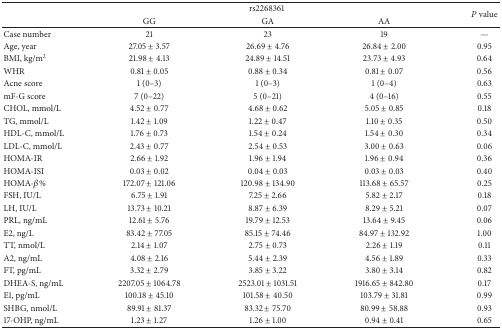
<table><thead><tr><td><b> </b></td><td colspan="3"><b>rs2268361</b></td><td rowspan="2"><b><i>P</i> value</b></td></tr><tr><td><b> </b></td><td><b>GG</b></td><td><b>GA</b></td><td><b>AA</b></td></tr></thead><tbody><tr><td>Case number</td><td>21</td><td>23</td><td>19</td><td>—</td></tr><tr><td>Age, year</td><td>27.05 ± 3.57</td><td>26.69 ± 4.76</td><td>26.84 ± 2.00</td><td>0.95</td></tr><tr><td>BMI, kg/m<sup>2</sup></td><td>21.98 ± 4.13</td><td>24.89 ± 14.51</td><td>23.73 ± 4.93</td><td>0.64</td></tr><tr><td>WHR</td><td>0.81 ± 0.05</td><td>0.88 ± 0.34</td><td>0.81 ± 0.07</td><td>0.56</td></tr><tr><td>Acne score</td><td>1 (0–3)</td><td>1 (0–3)</td><td>1 (0–4)</td><td>0.63</td></tr><tr><td>mF-G score</td><td>7 (0–22)</td><td>5 (0–21)</td><td>4 (0–16)</td><td>0.55</td></tr><tr><td>CHOL, mmol/L</td><td>4.52 ± 0.77</td><td>4.68 ± 0.62</td><td>5.05 ± 0.85</td><td>0.18</td></tr><tr><td>TG, mmol/L</td><td>1.42 ± 1.09</td><td>1.22 ± 0.47</td><td>1.10 ± 0.35</td><td>0.50</td></tr><tr><td>HDL-C, mmol/L</td><td>1.76 ± 0.73</td><td>1.54 ± 0.24</td><td>1.54 ± 0.30</td><td>0.34</td></tr><tr><td>LDL-C, mmol/L</td><td>2.43 ± 0.77</td><td>2.54 ± 0.53</td><td>3.00 ± 0.63</td><td>0.06</td></tr><tr><td>HOMA-IR</td><td>2.66 ± 1.92</td><td>1.96 ± 1.94</td><td>1.96 ± 0.94</td><td>0.36</td></tr><tr><td>HOMA-ISI</td><td>0.03 ± 0.02</td><td>0.04 ± 0.03</td><td>0.03 ± 0.03</td><td>0.40</td></tr><tr><td>HOMA-<i>β</i>%</td><td>172.07 ± 121.06</td><td>120.98 ± 134.90</td><td>113.68 ± 65.57</td><td>0.25</td></tr><tr><td>FSH, IU/L</td><td>6.75 ± 1.91</td><td>7.25 ± 2.66</td><td>5.82 ± 2.17</td><td>0.18</td></tr><tr><td>LH, IU/L</td><td>13.73 ± 10.21</td><td>8.87 ± 6.39</td><td>8.29 ± 5.21</td><td>0.07</td></tr><tr><td>PRL, ng/mL</td><td>12.61 ± 5.76</td><td>19.79 ± 12.53</td><td>13.64 ± 9.45</td><td>0.06</td></tr><tr><td>E2, ng/L</td><td>83.42 ± 77.05</td><td>85.15 ± 74.46</td><td>84.97 ± 132.92</td><td>1.00</td></tr><tr><td>TT, nmol/L</td><td>2.14 ± 1.07</td><td>2.75 ± 0.73</td><td>2.26 ± 1.19</td><td>0.11</td></tr><tr><td>A2, ng/mL</td><td>4.08 ± 2.16</td><td>5.44 ± 2.39</td><td>4.56 ± 1.89</td><td>0.33</td></tr><tr><td>FT, pg/mL</td><td>3.32 ± 2.79</td><td>3.85 ± 3.22</td><td>3.80 ± 3.14</td><td>0.82</td></tr><tr><td>DHEA-S, ng/mL</td><td>2207.05 ± 1064.78</td><td>2523.01 ± 1031.51</td><td>1916.65 ± 842.80</td><td>0.17</td></tr><tr><td>E1, pg/mL</td><td>100.18 ± 45.10</td><td>101.58 ± 40.50</td><td>103.79 ± 31.81</td><td>0.99</td></tr><tr><td>SHBG, nmol/L</td><td>89.91 ± 81.37</td><td>83.32 ± 75.70</td><td>80.99 ± 58.88</td><td>0.93</td></tr><tr><td>17-OHP, ng/mL</td><td>1.23 ± 1.27</td><td>1.26 ± 1.00</td><td>0.94 ± 0.41</td><td>0.65</td></tr></tbody></table>